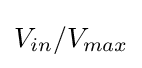
V_{in}/V_{max}